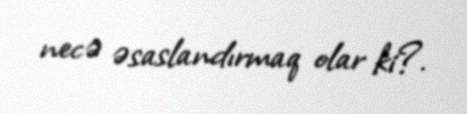
necə əsaslandırmaq olar ki?.